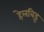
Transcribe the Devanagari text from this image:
हेलबिड़ू